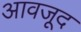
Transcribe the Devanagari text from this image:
आवजूद